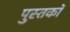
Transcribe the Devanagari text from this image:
पुस्तकॉ